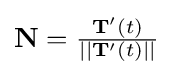
\mathbf {N} ={\tfrac {\mathbf {T} '(t)}{||\mathbf {T} '(t)||}}